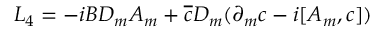
{ \cal L } _ { 4 } = - i B D _ { m } A _ { m } + \overline { { c } } D _ { m } ( \partial _ { m } c - i [ A _ { m } , c ] )